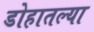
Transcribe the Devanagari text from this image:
डोहातल्या